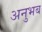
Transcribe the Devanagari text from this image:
अनुभब